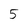
Character: 5